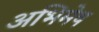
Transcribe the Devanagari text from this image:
अभिमेष